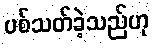
ပစ်သတ်ခဲ့သည်ဟု